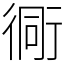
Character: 衕